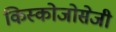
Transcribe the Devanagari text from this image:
किस्कोजोसेजी